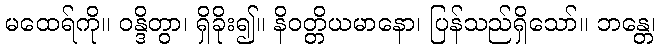
မထေရ်ကို။ ဝန္ဒိတွာ၊ ရှိခိုး၍။ နိဝတ္တိယမာနော၊ ပြန်သည်ရှိသော်။ ဘန္တေ၊